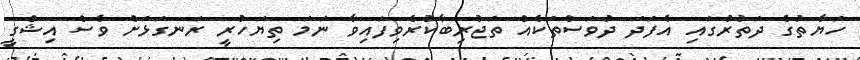
ހަޔާތުގެ ދަތުރުގައި އެފަދަ ދުވަސްތަކެއް ތަޖުރިބާކުރެވިފައިވާ ނަމަ ތިޔަހުރީ ރަނގަޅަށް ވެސް އިޝްގީ